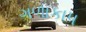
ગળાકાપ